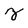
Character: z